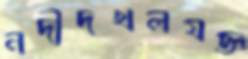
নদীদখলযজ্ঞ